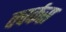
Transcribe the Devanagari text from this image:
क्वर्कस